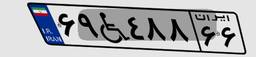
۶۹W۴۸۸۶۶